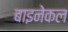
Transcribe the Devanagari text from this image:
बाइनेकल